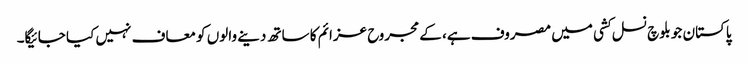
پاکستان جو بلوچ نسل کشی میں مصروف ہے، کے مجروح عزائم کا ساتھ دینے والوں کو معاف نہیں کیا جائیگا۔